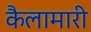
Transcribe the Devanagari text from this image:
कैलामारी